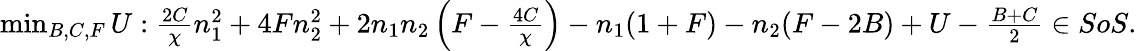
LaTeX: \begin{array}{r}{\operatorname*{min}_{B,C,F}U:\frac{2C}{\chi}n_{1}^{2}+4Fn_{2}^{2}+2n_{1}n_{2}\left(F-\frac{4C}{\chi}\right)-n_{1}(1+F)-n_{2}(F-2B)+U-\frac{B+C}{2}\in SoS.}\end{array}